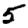
Digit: 5